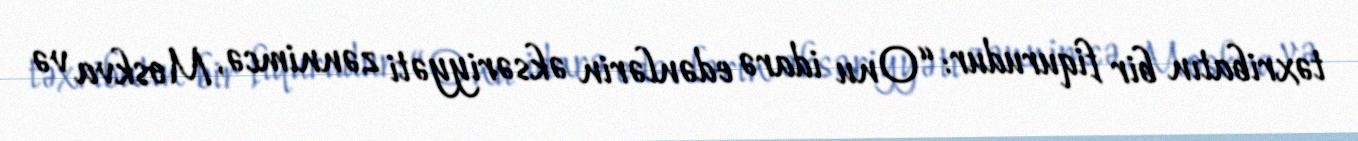
təxribatın bir fiqurudur: “Onu idarə edənlərin əksəriyyəti zənnimcə, Moskva və